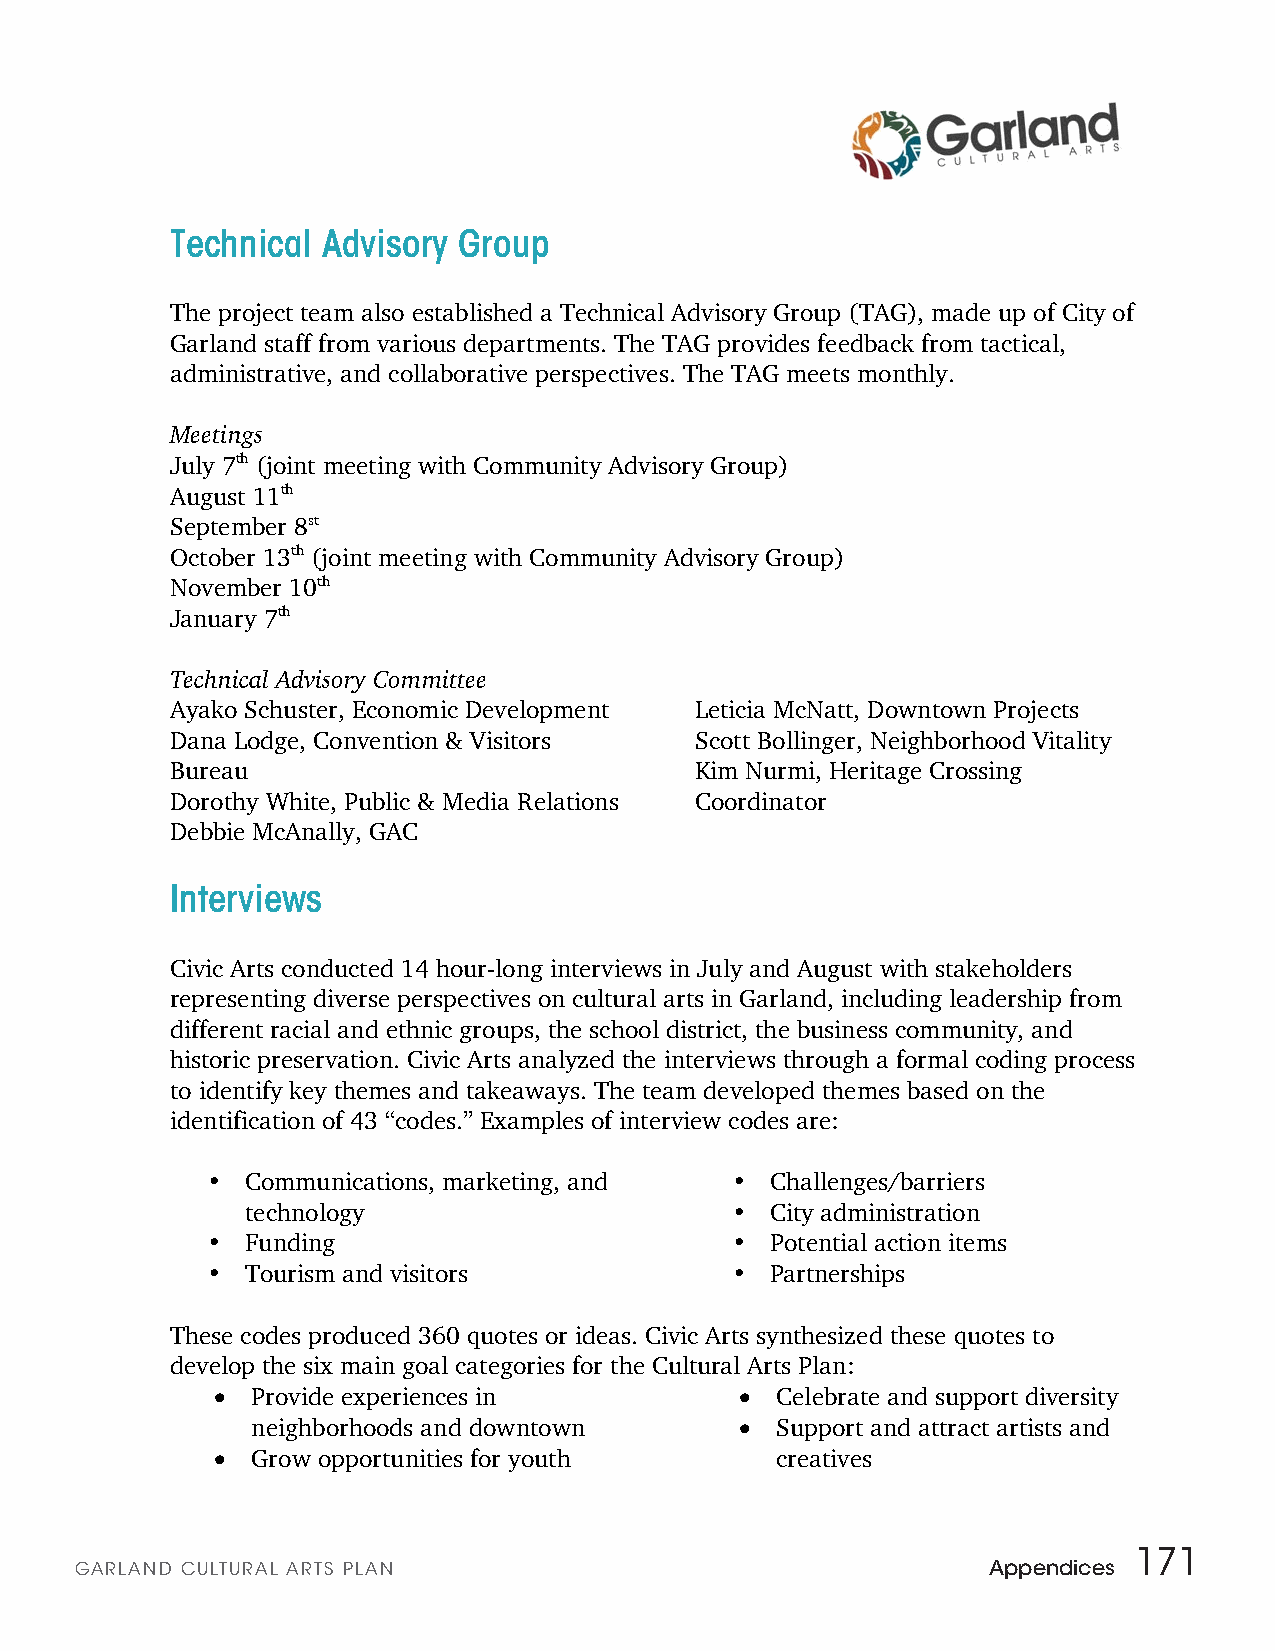
Technical Advisory Group
 Community Advisory Committee Members
 DeAnne Driver, GCAC David Sanders, GISD The project team also established a Technical Advisory Group (TAG), made up of City of
 Blanca Sanchez, GCAC Dr. Joyce K. Miller, Texas A&M Garland staff from various departments. The TAG provides feedback from tactical,
 Harlan Seagren, GCAC Karina Olivares, Chamber of Commerce administrative, and collaborative perspectives. The TAG meets monthly.
 Robert Alan Smith, Real Estate Dr. Nhat-Nam Pham, Vietnamese
 Developer Chamber Meetings
 Alex Palencia, Mexico 2000 Ballet Lupita Torres, GAFHA, GCAC July 7th (joint meeting with Community Advisory Group)
 Folklorico Ron Jones, Former Mayor, Artist August 11th
 Timothy Doyle, GISD, GSM Stephanie Hanson, Student September 8st
 October 13th (joint meeting with Community Advisory Group)
 November 10th
 January 7th
 Technical Advisory Committee
 Ayako Schuster, Economic Development Leticia McNatt, Downtown Projects
 Dana Lodge, Convention & Visitors  Scott Bollinger, Neighborhood Vitality
 Bureau                             Kim Nurmi, Heritage Crossing
 Dorothy White, Public & Media Relations Coordinator
 Debbie McAnally, GAC
 Interviews
 Civic Arts conducted 14 hour-long interviews in July and August with stakeholders
 representing diverse perspectives on cultural arts in Garland, including leadership from
 different racial and ethnic groups, the school district, the business community, and
 historic preservation. Civic Arts analyzed the interviews through a formal coding process
 to identify key themes and takeaways. The team developed themes based on the
 identification of 43 “codes.” Examples of interview codes are:
 • Communications, marketing, and  •  Challenges/barriers
 technology                      •  City administration
 • Funding                         •  Potential action items
 • Tourism and visitors            •  Partnerships
 These codes produced 360 quotes or ideas. Civic Arts synthesized these quotes to
 develop the six main goal categories for the Cultural Arts Plan:
 •
 Provide experiences in
 •
 Celebrate and support diversity
 neighborhoods and downtown
 •
 Support and attract artists and
 •
 Grow opportunities for youth      creatives
 171
 GARLAND CULTURAL ARTS PLAN                                  Appendices